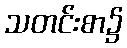
သတင်းစာ၌